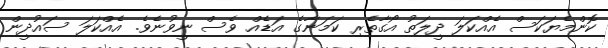
ކޮންމެޔަކަސް އެއްކަލަ ދީލަތު އޯގާތެރި ކަމަނާގެ އަޑެއް ވެސް ނީވުނެވެ. އެއްކަލަ ސައުދީން